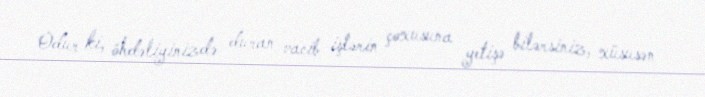
Odur ki, öhdəliyinizdə duran vacib işlərin çoxusuna yetişə bilərsiniz, xüsusən